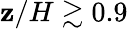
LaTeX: \mathbf{z}/H\gtrsim0.9